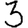
Digit: 3